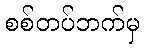
စစ်တပ်ဘက်မှ